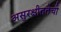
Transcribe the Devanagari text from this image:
असुरक्षीततेची